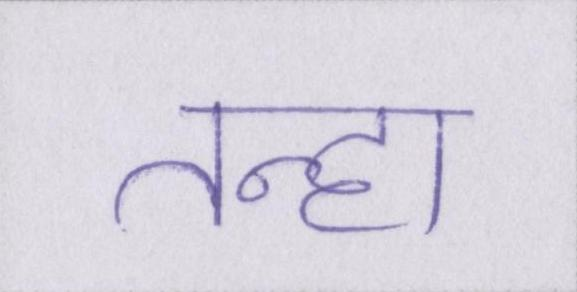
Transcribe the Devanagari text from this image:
तन्हा